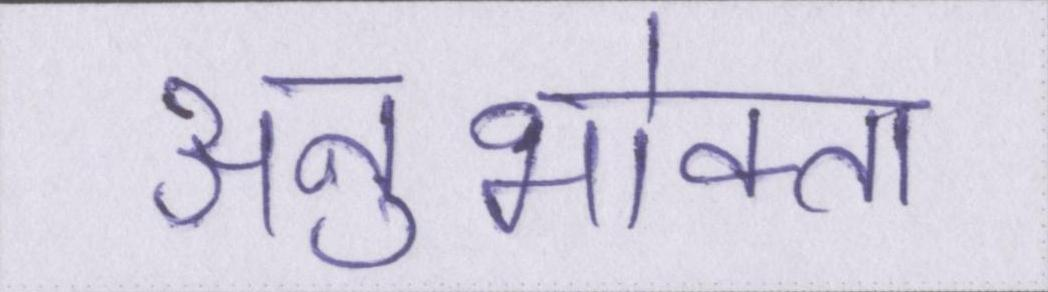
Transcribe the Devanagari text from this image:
अनुभोक्ता